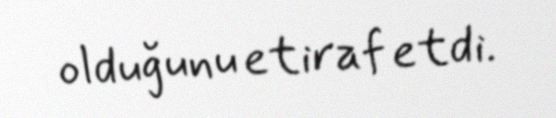
olduğunu etiraf etdi.